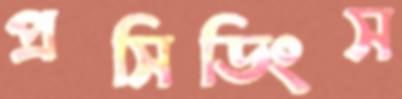
প্রসিডিংস